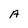
Character: A